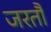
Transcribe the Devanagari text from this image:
जरतौ